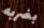
بضربه